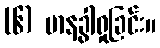
(၆) မာနခွါရှုခြင်း။